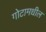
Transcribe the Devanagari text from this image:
गोटामधील